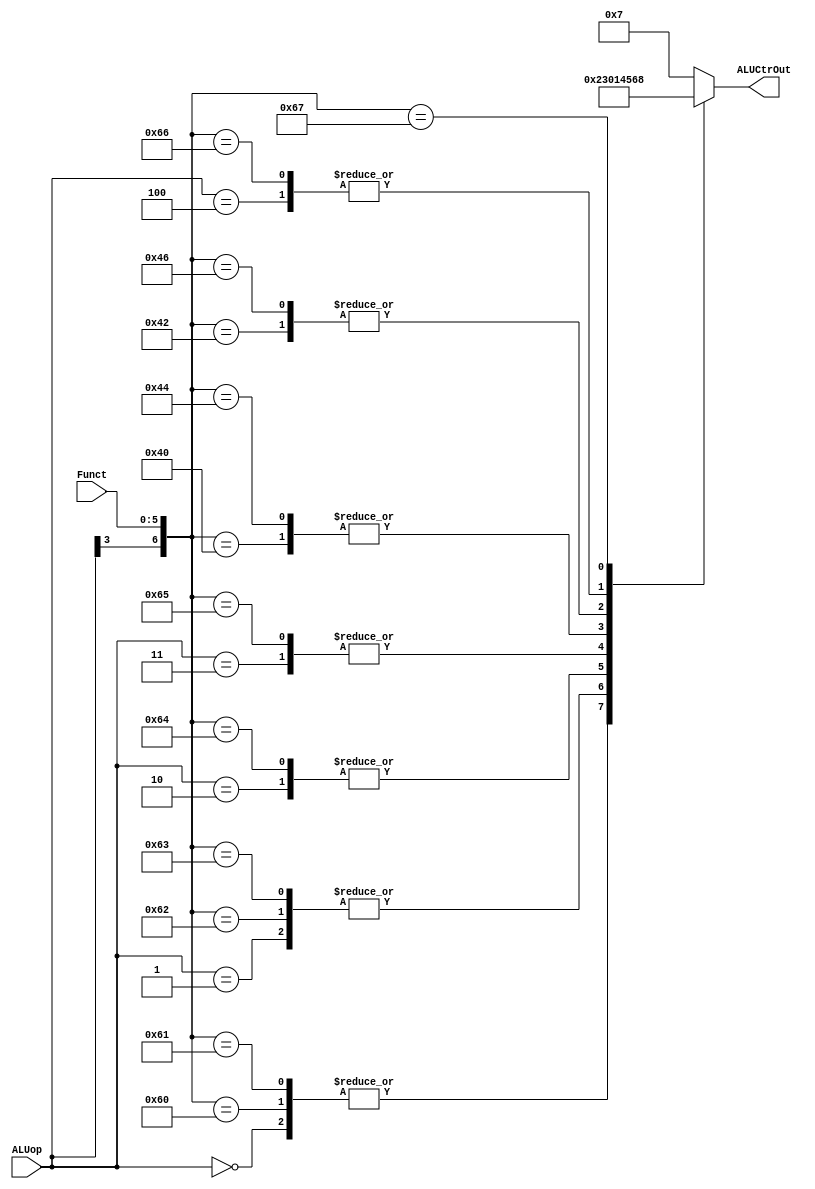
`timescale 1ns / 1ps
//////////////////////////////////////////////////////////////////////////////////
// Company: 
// Engineer: 
// 
// Design Name: 
// Module Name: ALU_tb
// Project Name: 
// Target Devices: 
// Tool Versions: 
// Description: 
// 
// Dependencies: 
// 
// Revision:
// Revision 0.01 - File Created
// Additional Comments:
// 
//////////////////////////////////////////////////////////////////////////////////


module ALUCtr(
    input [3:0] ALUop,
    input [5:0] Funct,
    output [3:0] ALUCtrOut
    );
    
    reg[3:0] aLUCtrOut;
    
    always @ (ALUop or Funct)
    begin
        casex ({ALUop, Funct})
            10'b0000xxxxxx : aLUCtrOut = 4'b0010; //add
            10'b0001xxxxxx : aLUCtrOut = 4'b0011; //sub
            10'b0010xxxxxx : aLUCtrOut = 4'b0000; //and
            10'b0011xxxxxx : aLUCtrOut = 4'b0001; //or
            10'b0100xxxxxx : aLUCtrOut = 4'b0110; //xor
            10'b0101xxxxxx : aLUCtrOut = 4'b0111; //slt
            
            10'b1xxx100000 : aLUCtrOut = 4'b0010; //add
            10'b1xxx100001 : aLUCtrOut = 4'b0010; //addu
            10'b1xxx100010 : aLUCtrOut = 4'b0011; //sub
            10'b1xxx100011 : aLUCtrOut = 4'b0011; //subu
            10'b1xxx100100 : aLUCtrOut = 4'b0000; //and
            10'b1xxx100101 : aLUCtrOut = 4'b0001; //or
            10'b1xxx000000 : aLUCtrOut = 4'b0100; //sll
            10'b1xxx000010 : aLUCtrOut = 4'b0101; // srl
            10'b1xxx000100 : aLUCtrOut = 4'b0100; // sllv
            10'b1xxx000110 : aLUCtrOut = 4'b0101; // srlv
            10'b1xxx100110 : aLUCtrOut = 4'b0110; // xor
            10'b1xxx100111 : aLUCtrOut = 4'b1000; // nor
            default: aLUCtrOut = 4'b0111; //slt + sltu
        endcase
    end
    assign ALUCtrOut = aLUCtrOut;
endmodule